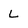
Character: L